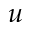
u